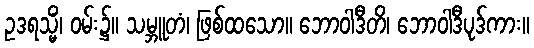
ဥဒရသ္မိံ၊ ဝမ်း၌။ သမ္ဘူတံ၊ ဖြစ်ထသော။ ဘောဝါဒီတိ၊ ဘောဝါဒီပုဒ်ကား။